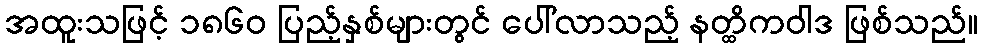
အထူးသဖြင့် ၁၈၆၀ ပြည့်နှစ်များတွင် ပေါ်လာသည့် နတ္ထိကဝါဒ ဖြစ်သည်။